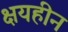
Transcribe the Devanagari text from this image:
क्षयहीन